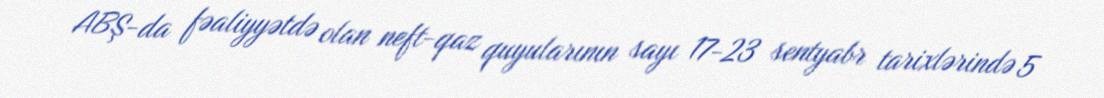
ABŞ-da fəaliyyətdə olan neft-qaz quyularının sayı 17-23 sentyabr tarixlərində 5